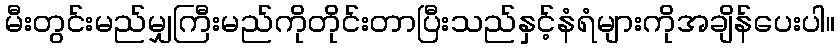
မီးတွင်းမည်မျှကြီးမည်ကိုတိုင်းတာပြီးသည်နှင့်နံရံများကိုအချိန်ပေးပါ။